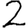
Digit: 2